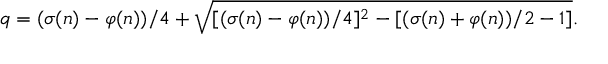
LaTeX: q = ( \sigma ( n ) - \varphi ( n ) ) / 4 + { \sqrt { [ ( \sigma ( n ) - \varphi ( n ) ) / 4 ] ^ { 2 } - [ ( \sigma ( n ) + \varphi ( n ) ) / 2 - 1 ] } } .